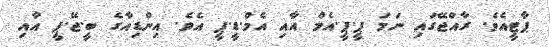
ޕާޓީއެވެ. ރާއްޖޭގައި ނަމަ ޕީ.ޕީ.އެމް އާއި އެމް.ޑީ.ޕީ އެވެ. އިންޑިއާގެ ބީ.ޖޭ.ޕީ އާއި